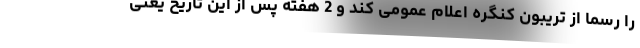
را رسما از تریبون کنگره اعلام عمومی کند و 2 هفته پس از این تاریخ یعنی